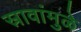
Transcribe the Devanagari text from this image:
स्रावांमुळे